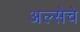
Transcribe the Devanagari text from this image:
अल्सेचे